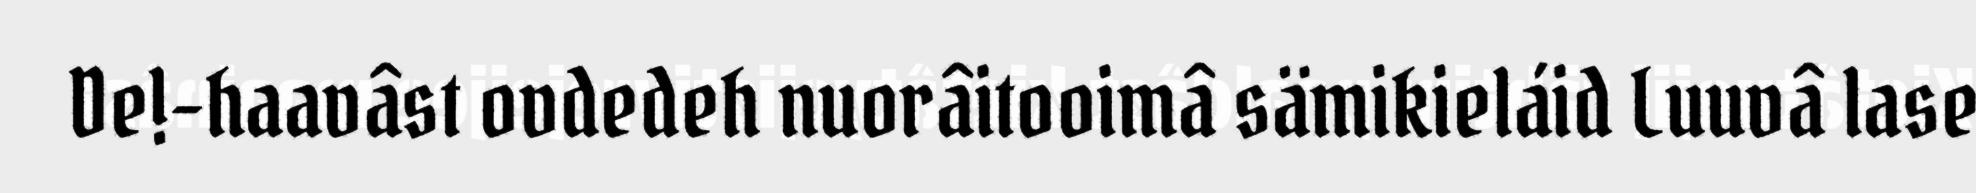
De!-haavâst ovdedeh nuorâitooimâ sämikieláid Luuvâ lase